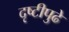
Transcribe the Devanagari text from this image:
दृष्टीपुढे